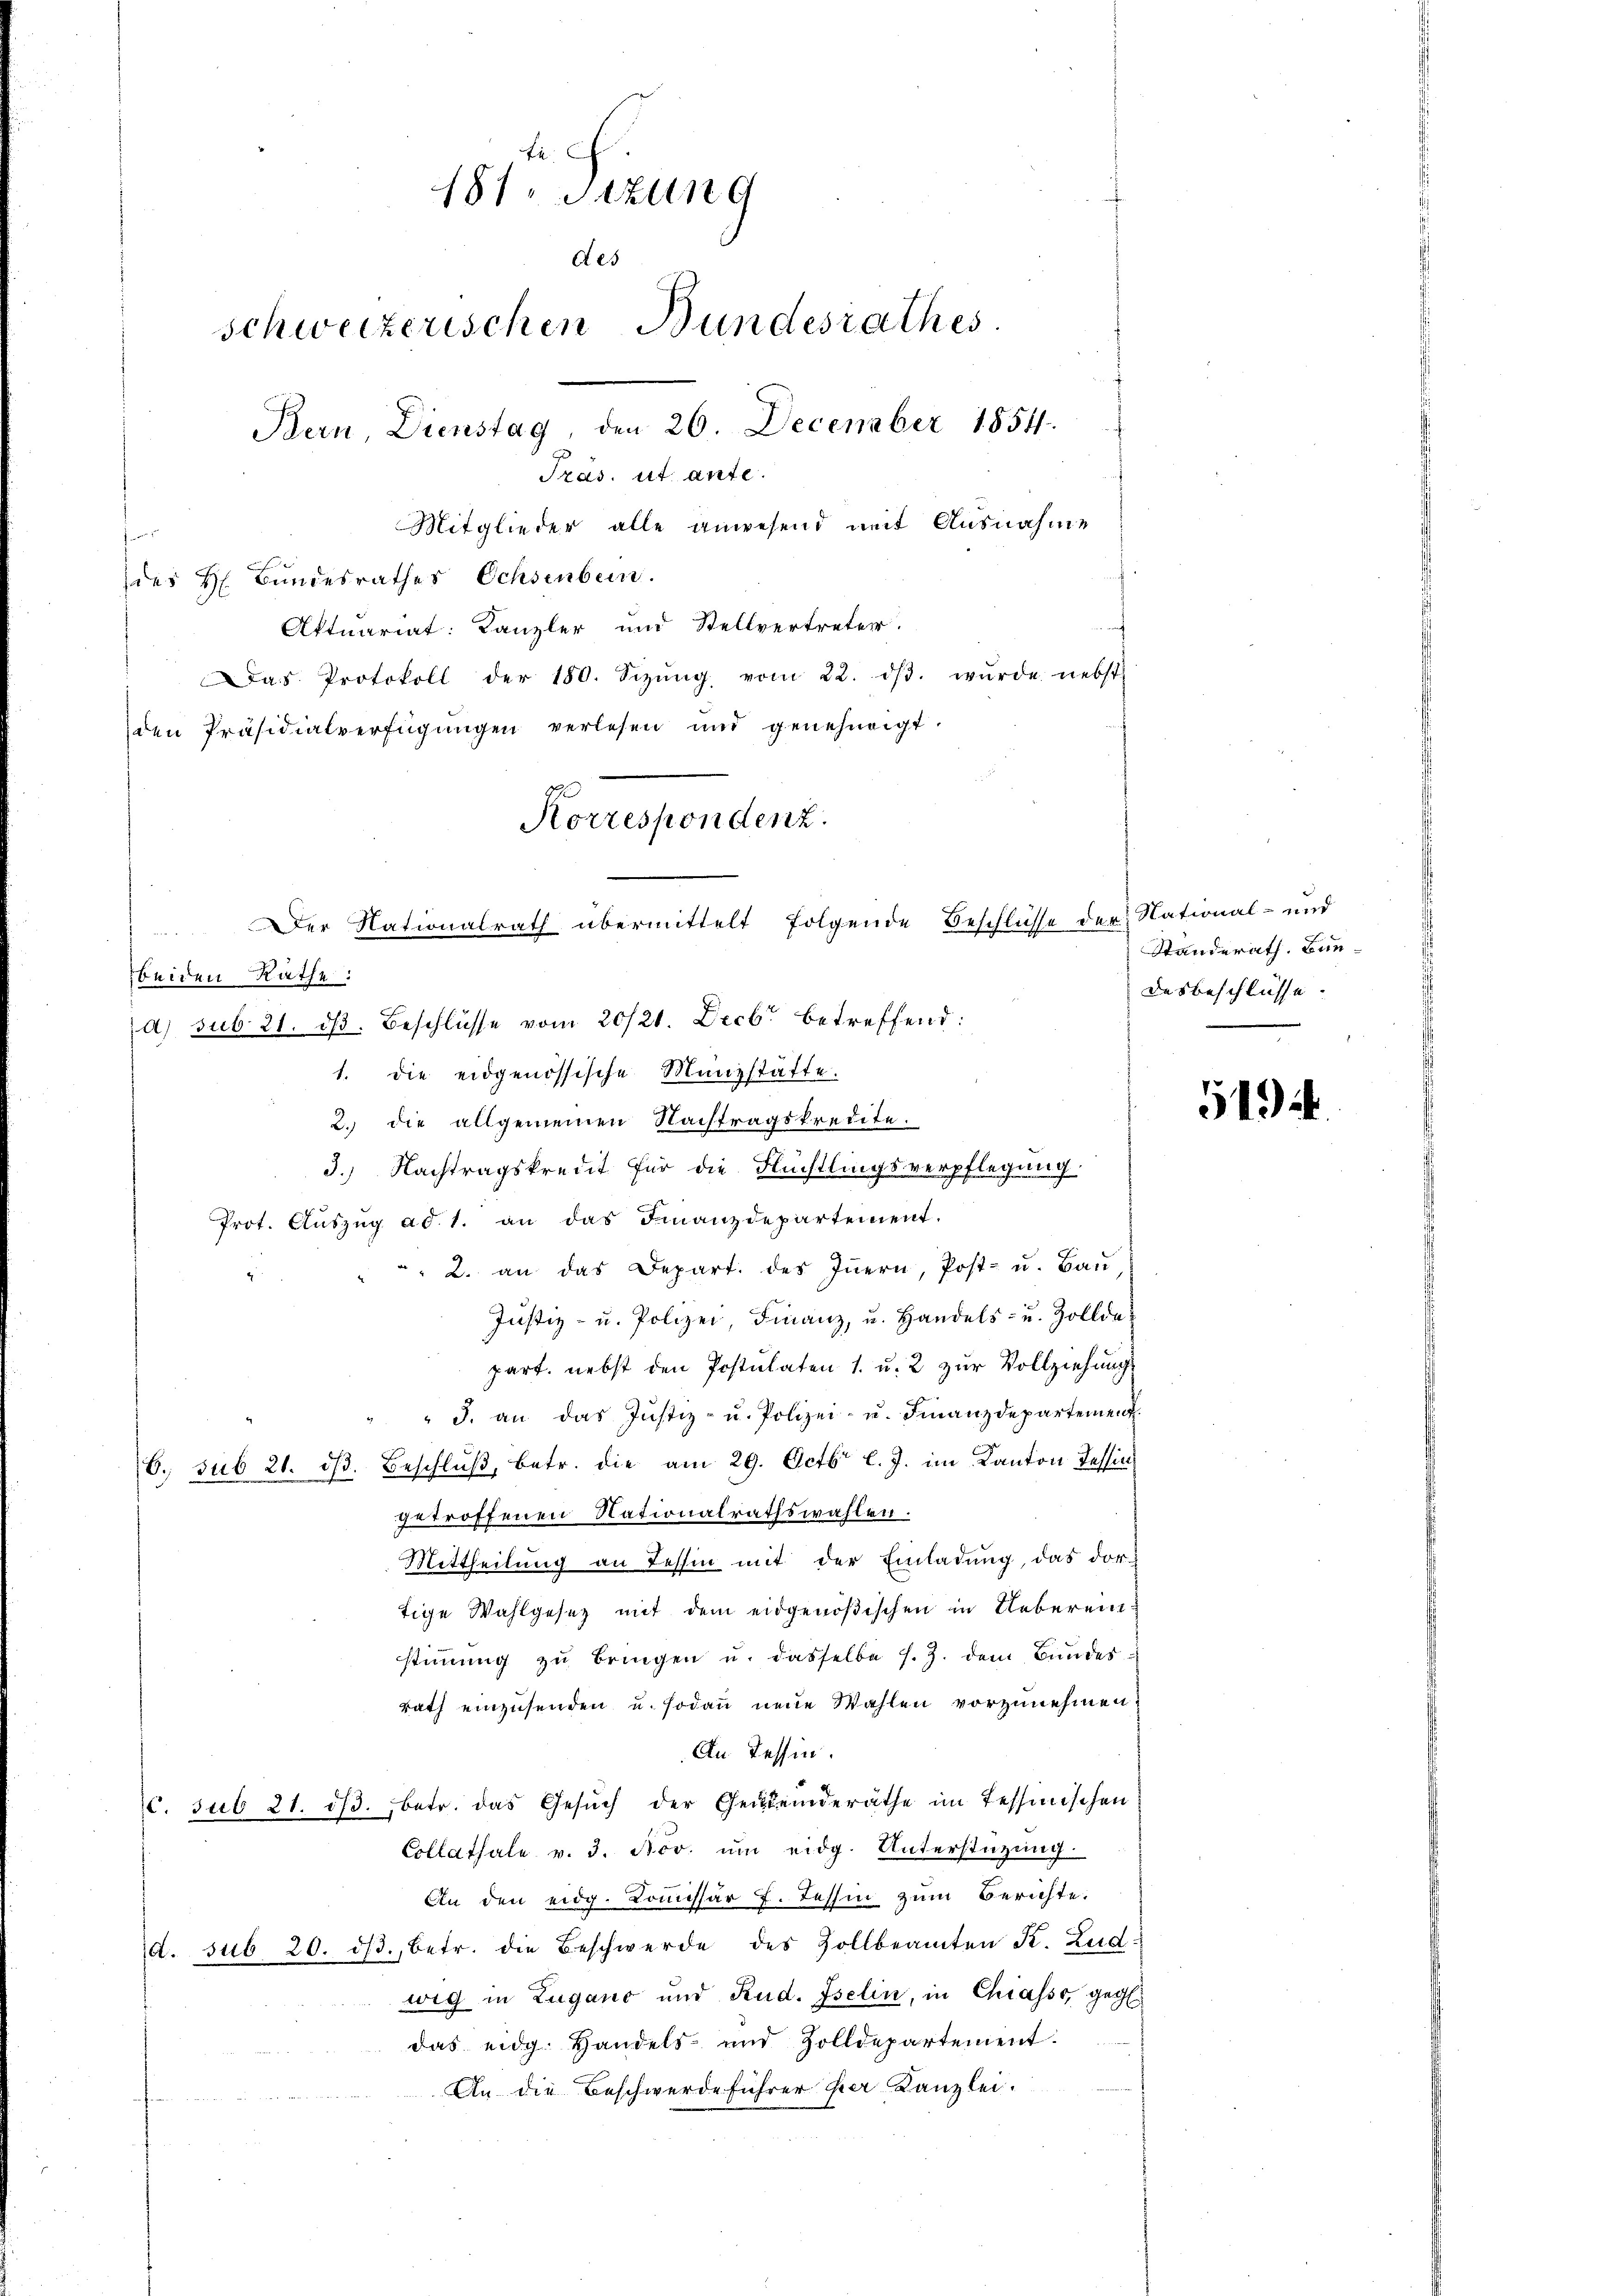
187. Sitzung
des
schweizerischen Bundesrathes
Bern, Dienstag, den 26. December 1854.
Tras. ut ante.
Mitglieder alle anwesend mit Ausnahme
des H. Bundesrathes Ochsenbein.
Aktuariat: Kanzler und Stellvertreter.
d
Das Protokoll der 180. Sizŭng vom 22. dβ. wŭrde nebst
den Präsidialverfügŭngen verlesen und genehmigt.

beiden Räthe:
a) sub. 21. dß. Beschlüsse vom 20/21. Decbr. betreffend:
1. die eidgenössische Münzstäfte.
2. die allgemeinen Nachtragskredite.
3.) Nachtragskredit für die Flüchtlingsverpflegung.
Prot. Aŭszŭg ad 1. an das Finanzdepartement.
" 2. an das Depart. des Innern, Post- u. Bau
Justiz- u. Polizei, Finanz, u. Handels- u. Zolldepart. nebst den Postulaten 1. u. 2 zur Vollziehung
" " J. an das Justiz- u. Polizei- u. Finanzdepartement.
6. sub 21. dβ. Beschluß, betr. die am 29. Octbr l. J. im Kanton Tessin
getroffenen Nationalrathswahlen.
Mittheilung an Tessin mit der Einladung, das dor-
tige Wahlgesetz mit dem eidgenößischen in Uebereinstiṁŭng zŭ bringen u. dasselbe s. Z. dem Bŭndesrath einzusenden u. sodann neue Wahlen vorzunehmen.
An Tessin.
c. sub 21. ds. betr. das Gesŭch der Gemeinderäthe im Tessinischen
Collathale v. 3. Nov. ŭm eidg. Unterstützung
An den eidg. Kommissär f. Tessin zum Berichte.
d. sub 20. dβ. betr. die Beschwerde des Zollbeamten K. Ludwig in Zugano und Rud. Iselin, in Chiasso, geg
das eidg. Handels- und Zolldepartement.
An die Beschwerde führer er Kanzlei.

Korrespondenz.
Der Nationalrath übermittelt folgende Beschlüsse der National- und

Standerath. Bundesbeschlüsse.

5194